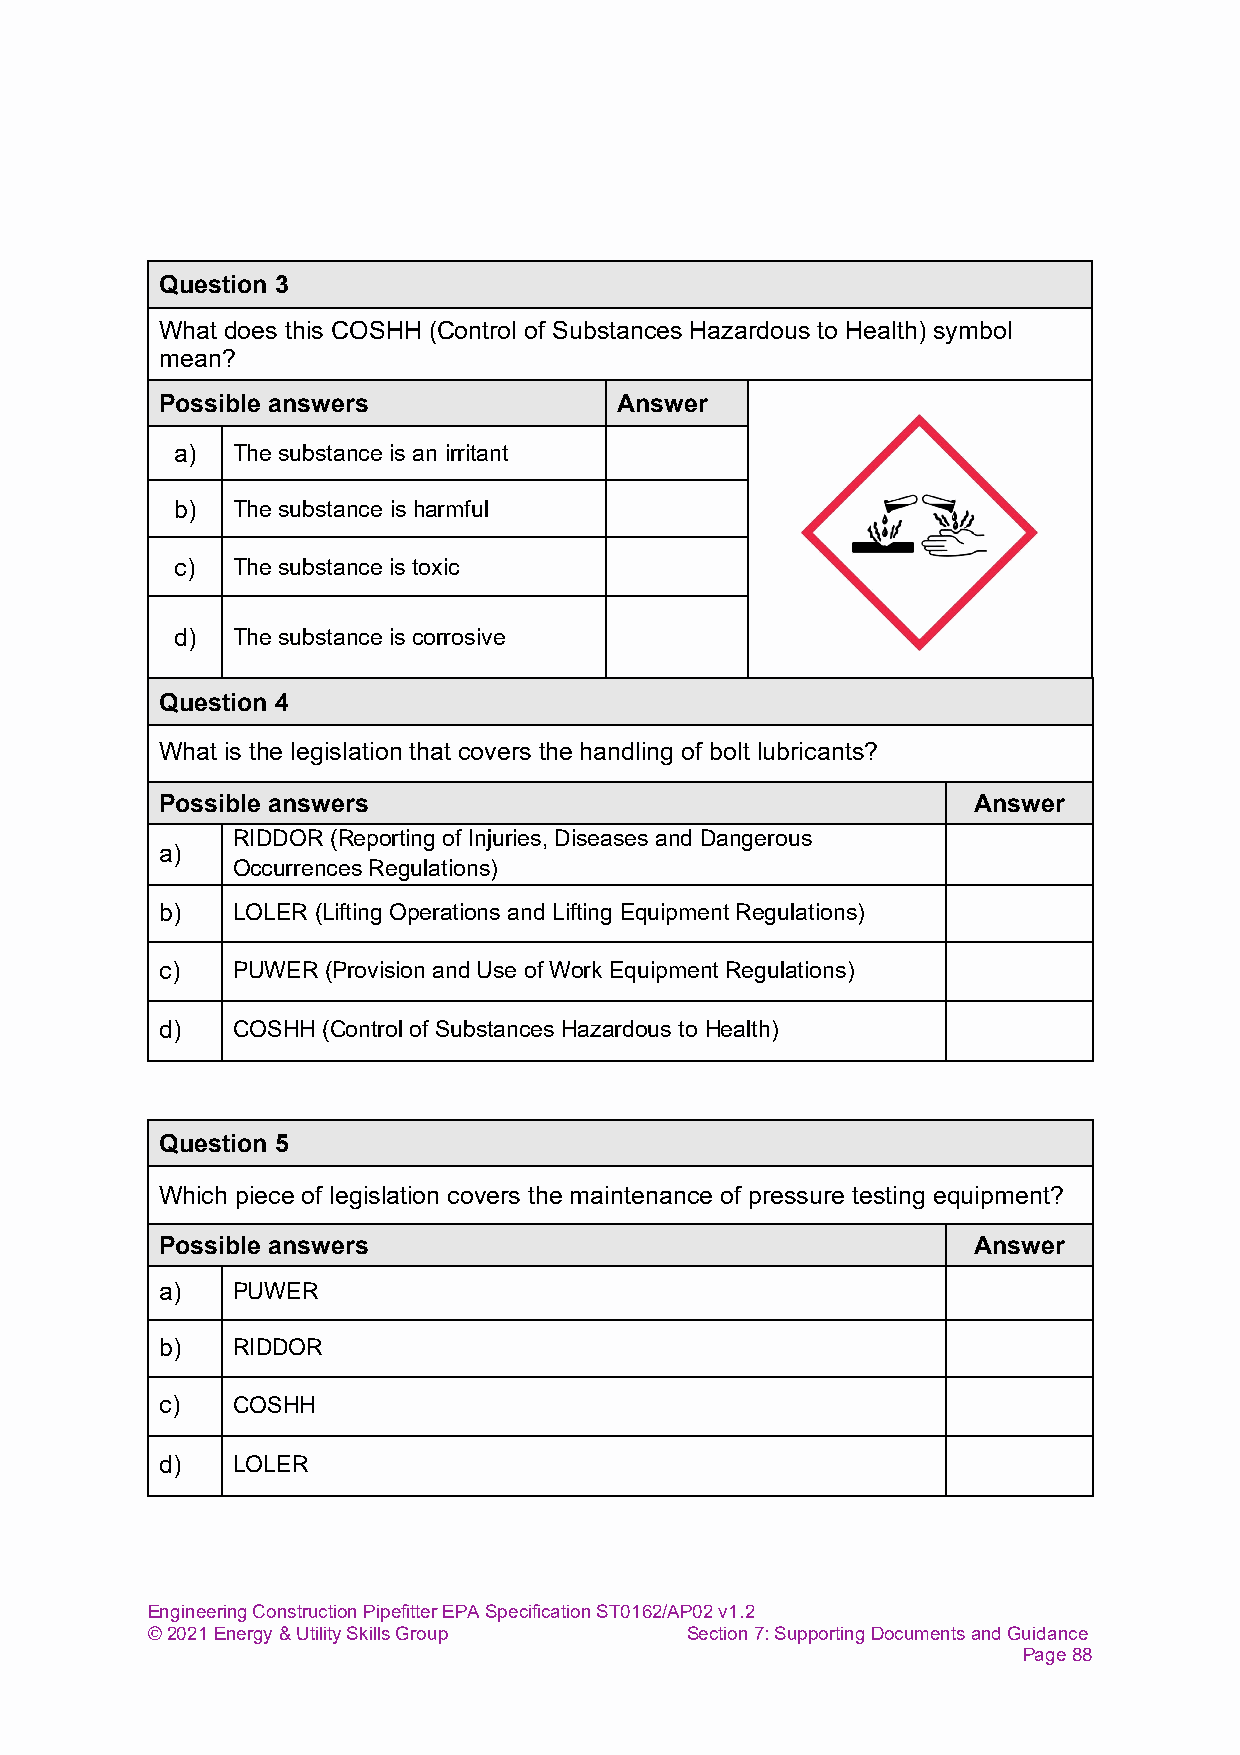
Question 3
 What does this COSHH (Control of Substances Hazardous to Health) symbol
 mean?
 Possible answers              Answer
 a)  The substance is an irritant
 b)  The substance is harmful
 c) The substance is toxic
 d)  The substance is corrosive
 Question 4
 What is the legislation that covers the handling of bolt lubricants?
 Possible answers                                     Answer
 RIDDOR (Reporting of Injuries, Diseases and Dangerous
 a)
 Occurrences Regulations)
 b)  LOLER (Lifting Operations and Lifting Equipment Regulations)
 c)  PUWER (Provision and Use of Work Equipment Regulations)
 d)  COSHH (Control of Substances Hazardous to Health)
 Question 5
 Which piece of legislation covers the maintenance of pressure testing equipment?
 Possible answers                                     Answer
 a)  PUWER
 b)  RIDDOR
 c)  COSHH
 d)  LOLER
 Engineering Construction Pipefitter EPA Specification ST0162/AP02 v1.2
 © 2021 Energy & Utility Skills Group Section 7: Supporting Documents and Guidance
 Page 88